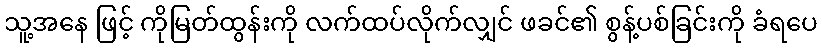
သူ့အနေ ဖြင့် ကိုမြတ်ထွန်းကို လက်ထပ်လိုက်လျှင် ဖခင်၏ စွန့်ပစ်ခြင်းကို ခံရပေ